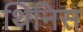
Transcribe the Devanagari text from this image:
थिनिस